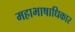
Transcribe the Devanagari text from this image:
महाभाषाधिकार